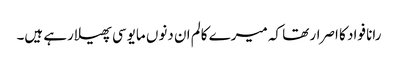
رانا فواد کا اصرار تھا کہ میرے کالم ان دنوں مایوسی پھیلارہے ہیں۔